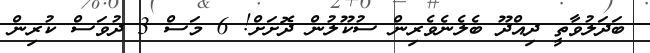
ބަދަލުވާތީ ދިއްދޫ ބެލެނެވެރިން ސުކޫލުން ދޮށަށް! 6 މަސް 3 ދުވަސް ކުރިން